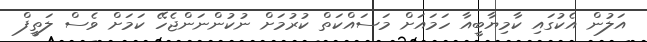
އަލުން އެކުގައި ކާމިޔާބީއާ ހަމައަށް މަސައްކަތް ކުރުމަށް ނުކުންނަންޖެހޭ ކަމަށް ވެސް ލަތީފް